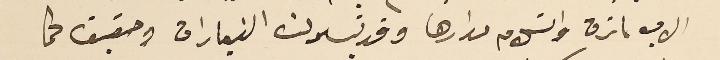
الاب ماترن واستلام مدارها وقد تبدلت الزيارات وحقيق كما